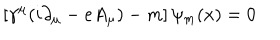
LaTeX: \left[ \gamma ^ { \mu } ( i \partial _ { \mu } - e A _ { \mu } ) - m \right] \psi _ { m } ( x ) = 0